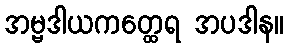
အမ္ဗဒါယကတ္ထေရ အပဒါန။